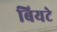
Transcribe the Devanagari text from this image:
बियटे